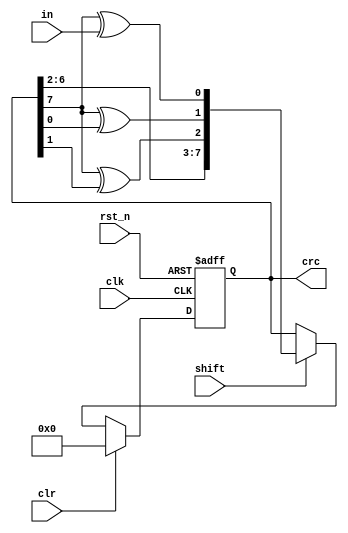
module crc8(
  input wire rst_n,
  input wire clk,
  input wire shift,
  input wire clr,
  input wire in,
  output reg[7:0] crc
  );
  
  always @(posedge clk or negedge rst_n)
    if (!rst_n) crc <= 0;
    else if (clr) crc <= 0;
    else if (shift) crc <= {crc[6:2],crc[7]^crc[1],crc[7]^crc[0],crc[7]^in};
  
  
        
endmodule